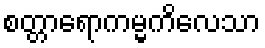
စတ္တာရောကမ္မကိလေသာ